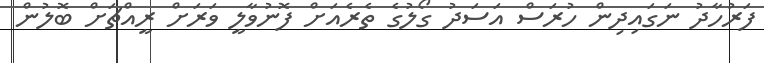
ފަރުހާދު ނަގައިދިން ހުރަސް އަސަދު ގޯލުގެ ތެރެއަށް ފޮނުވާލީ ވަރަށް ރީއްޗަށް ބޮލުން